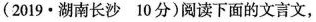
(2019·湖南长沙 10分)阅读下面的文言文，